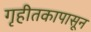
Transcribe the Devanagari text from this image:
गृहीतकापासून